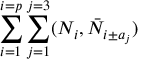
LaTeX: \sum _ { i = 1 } ^ { i = p } \sum _ { j = 1 } ^ { j = 3 } ( N _ { i } , \bar { N } _ { i \pm a _ { j } } )